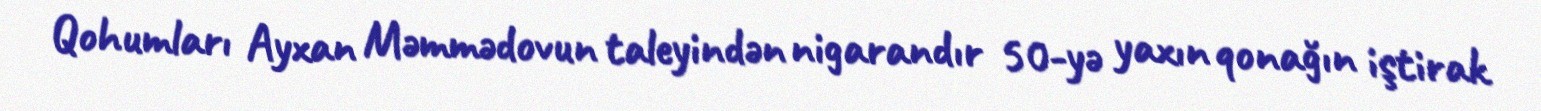
Qohumları Ayxan Məmmədovun taleyindən nigarandır 50-yə yaxın qonağın iştirak